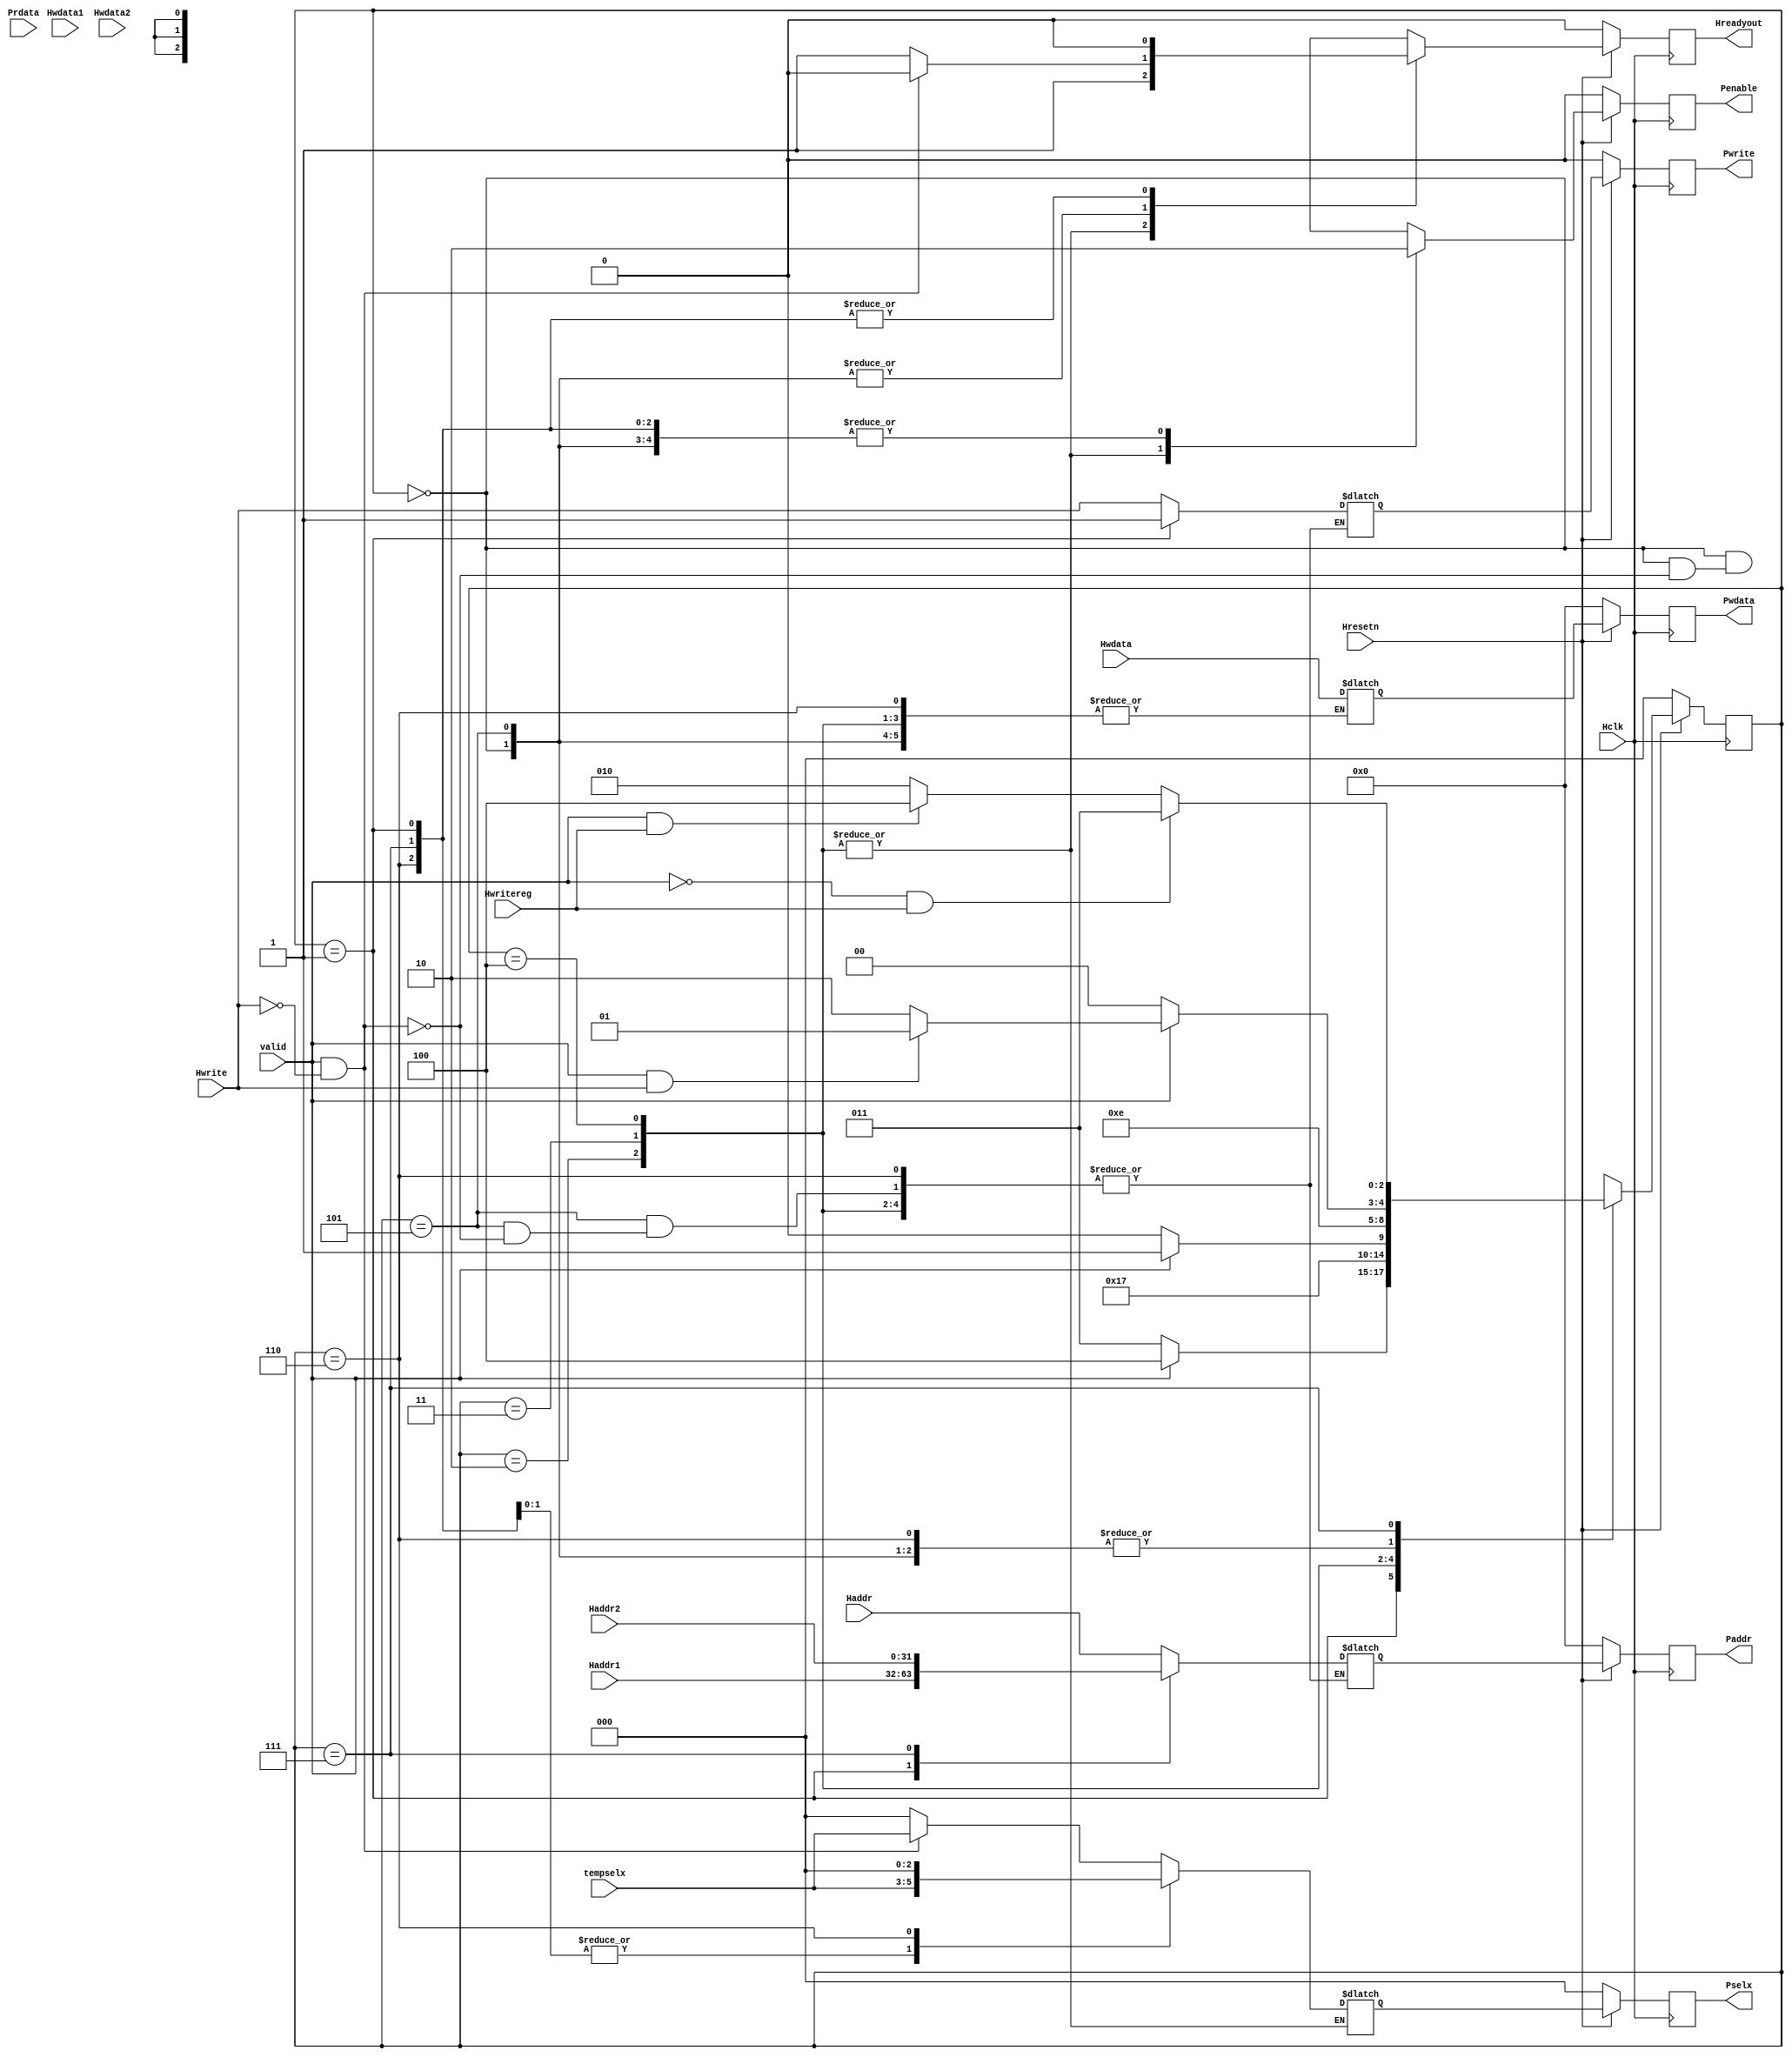
module apb_fsm_ontroller( Hclk,Hresetn,valid,Haddr1,Haddr2,Hwdata1,Hwdata2,Prdata,Hwrite,Haddr,Hwdata,Hwritereg,tempselx,Pwrite,Penable,Pselx,Paddr,Pwdata,Hreadyout);

input Hclk,Hresetn,valid,Hwrite,Hwritereg;
input [31:0] Hwdata,Haddr,Haddr1,Haddr2,Hwdata1,Hwdata2,Prdata;
input [2:0] tempselx;
output reg Pwrite,Penable;
output reg Hreadyout;  
output reg [2:0] Pselx;
output reg [31:0] Paddr,Pwdata;

//////////////////////////////////////////////////////PARAMETERS

parameter ST_IDLE=3'b000;
parameter ST_WWAIT=3'b001;
parameter ST_READ= 3'b010;
parameter ST_WRITE=3'b011;
parameter ST_WRITEP=3'b100;
parameter ST_RENABLE=3'b101;
parameter ST_WENABLE=3'b110;
parameter ST_WENABLEP=3'b111;


//////////////////////////////////////////////////// PRESENT STATE LOGIC

reg [2:0] PRESENT_STATE,NEXT_STATE;

always @(posedge Hclk)
 begin:PRESENT_STATE_LOGIC
  if (~Hresetn)
    PRESENT_STATE<=ST_IDLE;
  else
    PRESENT_STATE<=NEXT_STATE;
 end


/////////////////////////////////////////////////////// NEXT STATE LOGIC

always @(PRESENT_STATE,valid,Hwrite,Hwritereg)
 begin:NEXT_STATE_LOGIC
  case (PRESENT_STATE)
    
 	ST_IDLE:begin
		 if (~valid)
		  NEXT_STATE=ST_IDLE;
		 else if (valid && Hwrite)
		  NEXT_STATE=ST_WWAIT;
		 else 
		  NEXT_STATE=ST_READ;
		end    

	ST_WWAIT:begin
		 if (~valid)
		  NEXT_STATE=ST_WRITE;
		 else
		  NEXT_STATE=ST_WRITEP;
		end

	ST_READ: begin
		   NEXT_STATE=ST_RENABLE;
		 end

	ST_WRITE:begin
		  if (~valid)
		   NEXT_STATE=ST_WENABLE;
		  else
		   NEXT_STATE=ST_WENABLEP;
		 end

	ST_WRITEP:begin
		   NEXT_STATE=ST_WENABLEP;
		  end

	ST_RENABLE:begin
		     if (~valid)
		      NEXT_STATE=ST_IDLE;
		     else if (valid && Hwrite)
		      NEXT_STATE=ST_WWAIT;
		     else
		      NEXT_STATE=ST_READ;
		   end

	ST_WENABLE:begin
		     if (~valid)
		      NEXT_STATE=ST_IDLE;
		     else if (valid && Hwrite)
		      NEXT_STATE=ST_WWAIT;
		     else
		      NEXT_STATE=ST_READ;
		   end

	ST_WENABLEP:begin
		      if (~valid && Hwritereg)
		       NEXT_STATE=ST_WRITE;
		      else if (valid && Hwritereg)
		       NEXT_STATE=ST_WRITEP;
		      else
		       NEXT_STATE=ST_READ;
		    end

	default: begin
		   NEXT_STATE=ST_IDLE;
		  end
  endcase
 end


////////////////////////////////////////////////////////OUTPUT LOGIC:COMBINATIONAL

reg Penable_temp,Hreadyout_temp,Pwrite_temp;
reg [2:0] Pselx_temp;
reg [31:0] Paddr_temp, Pwdata_temp;

always @(*)
 begin:OUTPUT_COMBINATIONAL_LOGIC
   case(PRESENT_STATE)
    
	ST_IDLE: begin
			  if (valid && ~Hwrite) 
			   begin:IDLE_TO_READ
			        Paddr_temp=Haddr;
				Pwrite_temp=Hwrite;
				Pselx_temp=tempselx;
				Penable_temp=0;
				Hreadyout_temp=0;
			   end
			  
			  else if (valid && Hwrite)
			   begin:IDLE_TO_WWAIT
			        Pselx_temp=0;
				Penable_temp=0;
				Hreadyout_temp=1;			   
			   end
			   
			  else
                            begin:IDLE_TO_IDLE
			        Pselx_temp=0;
				Penable_temp=0;
				Hreadyout_temp=1;	
			   end
		     end    

	ST_WWAIT:begin
	          if (~valid) 
			   begin:WAIT_TO_WRITE
			    Paddr_temp=Haddr1;
				Pwrite_temp=1;
				Pselx_temp=tempselx;
				Penable_temp=0;
				Pwdata_temp=Hwdata;
				Hreadyout_temp=0;
			   end
			  
			  else 
			   begin:WAIT_TO_WRITEP
			    Paddr_temp=Haddr1;
				Pwrite_temp=1;
				Pselx_temp=tempselx;
				Pwdata_temp=Hwdata;
				Penable_temp=0;
				Hreadyout_temp=0;		   
			   end
			   
		     end  

	ST_READ: begin:READ_TO_RENABLE
			  Penable_temp=1;
			  Hreadyout_temp=1;
		     end

	ST_WRITE:begin
              if (~valid) 
			   begin:WRITE_TO_WENABLE
				Penable_temp=1;
				Hreadyout_temp=1;
			   end
			  
			  else 
			   begin:WRITE_TO_WENABLEP ///DOUBT
				Penable_temp=1;
				Hreadyout_temp=1;		   
			   end
		     end

	ST_WRITEP:begin:WRITEP_TO_WENABLEP
               Penable_temp=1;
			   Hreadyout_temp=1;
		      end

	ST_RENABLE:begin
	            if (valid && ~Hwrite) 
				 begin:RENABLE_TO_READ
					Paddr_temp=Haddr;
					Pwrite_temp=Hwrite;
					Pselx_temp=tempselx;
					Penable_temp=0;
					Hreadyout_temp=0;
				 end
			  
			  else if (valid && Hwrite)
			    begin:RENABLE_TO_WWAIT
			     Pselx_temp=0;
				 Penable_temp=0;
				 Hreadyout_temp=1;			   
			    end
			   
			  else
                begin:RENABLE_TO_IDLE
			     Pselx_temp=0;
				 Penable_temp=0;
				 Hreadyout_temp=1;	
			    end

		       end

	ST_WENABLEP:begin
                 if (~valid && Hwritereg) 
			      begin:WENABLEP_TO_WRITEP
			       Paddr_temp=Haddr2;
				   Pwrite_temp=Hwrite;
				   Pselx_temp=tempselx;
				   Penable_temp=0;
				   Pwdata_temp=Hwdata;
				   Hreadyout_temp=0;
				  end

			  
			    else 
			     begin:WENABLEP_TO_WRITE_OR_READ /////DOUBT
			      Paddr_temp=Haddr2;
				  Pwrite_temp=Hwrite;
				  Pselx_temp=tempselx;
				  Pwdata_temp=Hwdata;
				  Penable_temp=0;
				  Hreadyout_temp=0;		   
			     end
		        end

	ST_WENABLE :begin
	             if (~valid && Hwritereg) 
			      begin:WENABLE_TO_IDLE
				   Pselx_temp=0;
				   Penable_temp=0;
				   Hreadyout_temp=0;
				  end

			  
			    else 
			     begin:WENABLE_TO_WAIT_OR_READ /////DOUBT
				  Pselx_temp=0;
				  Penable_temp=0;
				  Hreadyout_temp=0;		   
			     end

		        end

 endcase
end


////////////////////////////////////////////////////////OUTPUT LOGIC:SEQUENTIAL

always @(posedge Hclk)
 begin
  
  if (~Hresetn)
   begin
    Paddr<=0;
	Pwrite<=0;
	Pselx<=0;
	Pwdata<=0;
	Penable<=0;
	Hreadyout<=0;
   end
  
  else
   begin
        Paddr<=Paddr_temp;
	Pwrite<=Pwrite_temp;
	Pselx<=Pselx_temp;
	Pwdata<=Pwdata_temp;
	Penable<=Penable_temp;
	Hreadyout<=Hreadyout_temp;
   end
 end

endmodule